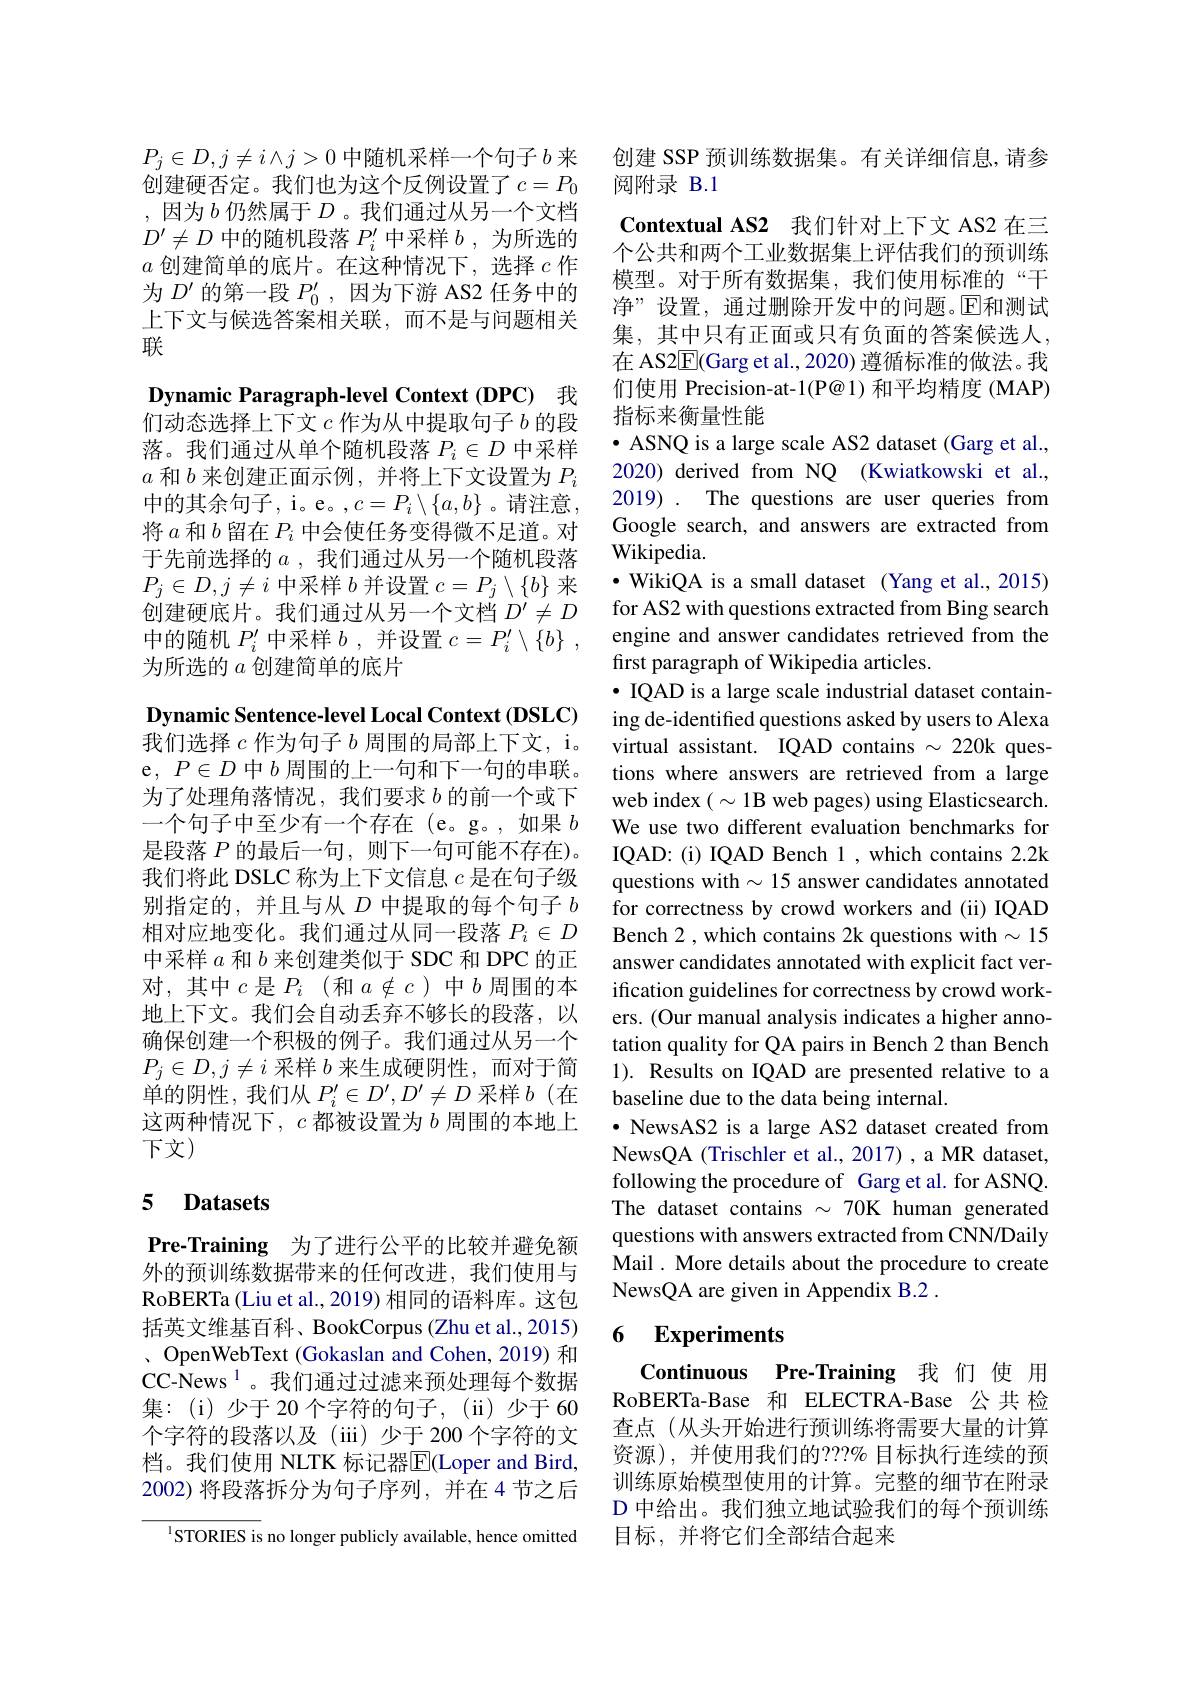
$P_j\in D,j\neq i\wedge j>0$中随机采样一个句子$b$来创建硬否定。我们也为这个反例设置了$c=P_0$ ,因为$b$仍然属于$D$ 。我们通过从另一个文档$D^{\prime}\neq D$中的随机段落$P_i^\prime$中采样$b$ ,为所选的$a$创建简单的底片。在这种情况下，选择$c$作为$D^{\prime}$的第一段$P_0^{\prime}$,因为下游 AS2 任务中的上下文与候选答案相关联，而不是与问题相关联

Dynamic Paragraph-level Context (DPC) 我们动态选择上下文$c$作为从中提取句子$b$的段落。我们通过从单个随机段落$P_i\in D$中采样$a$和$b$来创建正面示例，并将上下文设置为$P_i$ 中的其余句子，i。e。$c=P_i\setminus\{a,b\}$。请注意， 将$a$和$b$留在$P_i$中会使任务变得微不足道。对于先前选择的$a$ ,我们通过从另一个随机段落$P_{j}\in D,j\neq i$中采样$b$并设置$c=P_j\setminus\{b\}$来创建硬底片。我们通过从另一个文档$D^\prime\neq D$ 中的随机$P_i^\prime$中采样$b$ ,并设置$c= P_i^\prime \setminus \{ b\}$ , 为所选的$a$创建简单的底片

Dynamic Sentence-level Local Context (DSLC) 我们选择$c$作为句子$b$周围的局部上下文，i。e, $P\in D$中$b$周围的上一句和下一句的串联。为了处理角落情况，我们要求$b$的前一个或下一个句子中至少有一个存在(e。g。,如果$b$ 是段落$P$的最后一句，则下一句可能不存在)。我们将此 DSLC 称为上下文信息$c$是在句子级别指定的，并且与从$D$中提取的每个句子$b$ 相对应地变化。我们通过从同一段落$P_i\in D$ 中采样$a$和$b$来创建类似于 SDC 和 DPC 的正对，其中$c$是$P_i$(和$a\notin c$)中$b$周围的本地上下文。我们会自动丢弃不够长的段落，以确保创建一个积极的例子。我们通过从另一个$P_j\in D,j\neq i$采样$b$来生成硬阴性，而对于简单的阴性，我们从$P_i^\prime\in D^{\prime},D^{\prime}\neq D$采样$b$ (在这两种情况下，$c$都被设置为$b$周围的本地上下文)

# 5 Datasets

Pre-Training 为了进行公平的比较并避免额外的预训练数据带来的任何改进，我们使用与RoBERTa ( Liu et al. , 2019) 相 同 的 语 料 库 。这 包 括英文维基百科、BookCorpus (Zhu et al.,2015) 、OpenWebText (Gokaslan and Cohen, 2019) 和CC-News$^{1}$。我们通过过滤来预处理每个数据集：(i)少于 20个字符的句子，(ii)少于 60个字符的段落以及(iii)少于200个字符的文档。我们使用 NLTK 标记器$\overline{\mathrm{E}}($Loper and Bird, 2002)将段落拆分为句子序列，并在 4 节之后

$^{1}$STORIES is no longer publicly available, hence omitted

创建 SSP 预训练数据集。有关详细信息，请参
阅附录 B.1
Contextual AS2 我们针对上下文 AS2 在三个公共和两个工业数据集上评估我们的预训练模型。对于所有数据集，我们使用标准的“干净”设置，通过删除开发中的问题。$\overline{\mathrm{E}}$和测试集，其中只有正面或只有负面的答案候选人， 在 AS2$\overline{\mathrm{E}}($Garg et al., 2020) 遵循标准的做法。我们使用 Precision-at-1(P@1)和平均精度 (MAP) 指标来衡量性能
$\bullet$ ASNQ is a large scale AS2 dataset (Garg et al., 2020) derived from NQ (Kwiatkowski et al., 2019) . The questions are user queries from Google search, and answers are extracted from Wikipedia.
·WikiQA is a small dataset (Yang et al.,2015) for AS2 with questions extracted from Bing search engine and answer candidates retrieved from the first paragraph of Wikipedia articles.
$\cdot$ IQAD is a large scale industrial dataset containing de-identified questions asked by users to Alexa virtual assistant. IQAD contains $\sim220$k questions where answers are retrieved from a large web index $(\sim1$B web pages) using Elasticsearch. We use two different evaluation benchmarks for IQAD: (i) IQAD Bench 1 , which contains 2.2k questions with $\sim15$ answer candidates annotated for correctness by crowd workers and (ii) IQAD Bench 2, which contains 2k questions with $\sim15$ answer candidates annotated with explicit fact verification guidelines for correctness by crowd workers. (Our manual analysis indicates a higher annotation quality for QA pairs in Bench 2 than Bench 1). Results on IQAD are presented relative to a baseline due to the data being internal.
$\bullet$ NewsAS2 is a large AS2 dataset created from NewsQA (Trischler et al., 2017) , a MR dataset, following the procedure of Garg et al.for ASNQ. The dataset contains $\sim70$K human generated questions with answers extracted from CNN/Daily Mail . More details about the procedure to create NewsQA are given in Appendix B.2 .
6 Experiments

Continuous Pre-Training 我 们 使 用RoBERTa-Base 和 ELECTRA-Base 公共 检查点(从头开始进行预训练将需要大量的计算资源),并使用我们的？??% 目标执行连续的预训练原始模型使用的计算。完整的细节在附录D 中给出。我们独立地试验我们的每个预训练目标，并将它们全部结合起来